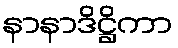
နာနာဒိဋ္ဌိကာ